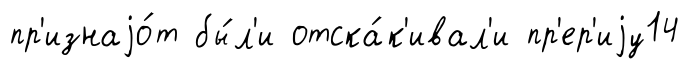
пр'изнаjо́т бы́л'и отска́к'ивал'и пр'ер'иjу14